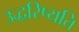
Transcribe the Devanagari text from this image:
उद्धरिष्यति